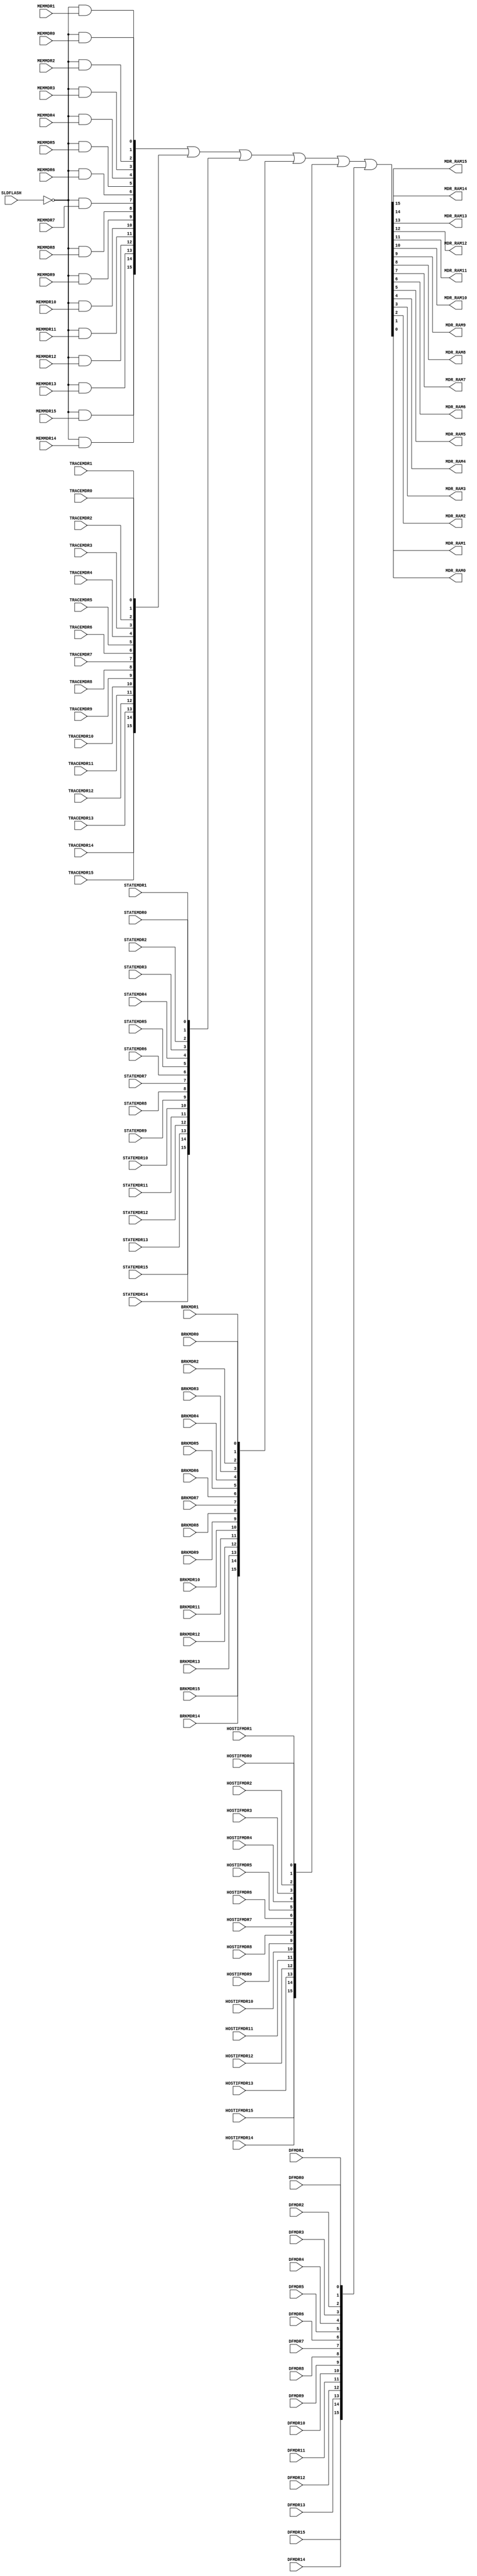
// ============================================================================================================	*/
/* K0R IECUBE ORBUS												*/
/* V100												tsunoda		*/
/* $Id: orbus-SS3rd.v,v 1.2 2010-02-01 02:59:25 snisimu Exp $							*/
/* ============================================================================================================	*/
module ORBUS (
	MDR_RAM15, MDR_RAM14, MDR_RAM13, MDR_RAM12, MDR_RAM11, MDR_RAM10, MDR_RAM9, MDR_RAM8, 
	MDR_RAM7,  MDR_RAM6,  MDR_RAM5,  MDR_RAM4,  MDR_RAM3,  MDR_RAM2,  MDR_RAM1, MDR_RAM0, 
	// from memory
	MEMMDR15, MEMMDR14, MEMMDR13, MEMMDR12, MEMMDR11, MEMMDR10, MEMMDR9, MEMMDR8,
	MEMMDR7,  MEMMDR6,  MEMMDR5,  MEMMDR4,  MEMMDR3,  MEMMDR2,  MEMMDR1, MEMMDR0,
	// from trace
	TRACEMDR15, TRACEMDR14, TRACEMDR13, TRACEMDR12, TRACEMDR11, TRACEMDR10, TRACEMDR9, TRACEMDR8,
	TRACEMDR7,  TRACEMDR6,  TRACEMDR5,  TRACEMDR4,  TRACEMDR3,  TRACEMDR2,  TRACEMDR1, TRACEMDR0,
	// from status
	STATEMDR15, STATEMDR14, STATEMDR13, STATEMDR12, STATEMDR11, STATEMDR10, STATEMDR9, STATEMDR8,
	STATEMDR7,  STATEMDR6,  STATEMDR5,  STATEMDR4,  STATEMDR3,  STATEMDR2,  STATEMDR1, STATEMDR0,
	// from break
	BRKMDR15, BRKMDR14, BRKMDR13, BRKMDR12, BRKMDR11, BRKMDR10, BRKMDR9, BRKMDR8,
	BRKMDR7,  BRKMDR6,  BRKMDR5,  BRKMDR4,  BRKMDR3,  BRKMDR2,  BRKMDR1, BRKMDR0,
	// from host if
	HOSTIFMDR15, HOSTIFMDR14, HOSTIFMDR13, HOSTIFMDR12, HOSTIFMDR11, HOSTIFMDR10, HOSTIFMDR9, HOSTIFMDR8,
	HOSTIFMDR7,  HOSTIFMDR6,  HOSTIFMDR5,  HOSTIFMDR4,  HOSTIFMDR3,  HOSTIFMDR2,  HOSTIFMDR1, HOSTIFMDR0,
	// from dflashemu
	DFMDR15, DFMDR14, DFMDR13, DFMDR12, DFMDR11, DFMDR10, DFMDR9, DFMDR8,
	DFMDR7,  DFMDR6,  DFMDR5,  DFMDR4,  DFMDR3,  DFMDR2,  DFMDR1, DFMDR0,
	// etc.
	SLDFLASH
	);

	output	MDR_RAM15, MDR_RAM14, MDR_RAM13, MDR_RAM12, MDR_RAM11, MDR_RAM10, MDR_RAM9, MDR_RAM8, 
		MDR_RAM7,  MDR_RAM6,  MDR_RAM5,  MDR_RAM4,  MDR_RAM3,  MDR_RAM2,  MDR_RAM1, MDR_RAM0;
	input	MEMMDR15, MEMMDR14, MEMMDR13, MEMMDR12, MEMMDR11, MEMMDR10, MEMMDR9, MEMMDR8,
		MEMMDR7,  MEMMDR6,  MEMMDR5,  MEMMDR4,  MEMMDR3,  MEMMDR2,  MEMMDR1, MEMMDR0;
	input	TRACEMDR15, TRACEMDR14, TRACEMDR13, TRACEMDR12, TRACEMDR11, TRACEMDR10, TRACEMDR9, TRACEMDR8,
		TRACEMDR7,  TRACEMDR6,  TRACEMDR5,  TRACEMDR4,  TRACEMDR3,  TRACEMDR2,  TRACEMDR1, TRACEMDR0;
	input	STATEMDR15, STATEMDR14, STATEMDR13, STATEMDR12, STATEMDR11, STATEMDR10, STATEMDR9, STATEMDR8,
		STATEMDR7,  STATEMDR6,  STATEMDR5,  STATEMDR4,  STATEMDR3,  STATEMDR2,  STATEMDR1, STATEMDR0;
	input	BRKMDR15, BRKMDR14, BRKMDR13, BRKMDR12, BRKMDR11, BRKMDR10, BRKMDR9, BRKMDR8,
		BRKMDR7,  BRKMDR6,  BRKMDR5,  BRKMDR4,  BRKMDR3,  BRKMDR2,  BRKMDR1, BRKMDR0;
	input	HOSTIFMDR15, HOSTIFMDR14, HOSTIFMDR13, HOSTIFMDR12, HOSTIFMDR11, HOSTIFMDR10, HOSTIFMDR9, HOSTIFMDR8,
		HOSTIFMDR7,  HOSTIFMDR6,  HOSTIFMDR5,  HOSTIFMDR4,  HOSTIFMDR3,  HOSTIFMDR2,  HOSTIFMDR1, HOSTIFMDR0;
	input	DFMDR15, DFMDR14, DFMDR13, DFMDR12, DFMDR11, DFMDR10, DFMDR9, DFMDR8,
		DFMDR7,  DFMDR6,  DFMDR5,  DFMDR4,  DFMDR3,  DFMDR2,  DFMDR1, DFMDR0;
        input   SLDFLASH;

	wire [15:0]	mdr, mdr1, mdr2, mdr3, mdr4, mdr5, mdr6;

	assign	{MDR_RAM15, MDR_RAM14, MDR_RAM13, MDR_RAM12, MDR_RAM11, MDR_RAM10, MDR_RAM9, MDR_RAM8, 
		MDR_RAM7,  MDR_RAM6,  MDR_RAM5,  MDR_RAM4,  MDR_RAM3,  MDR_RAM2,  MDR_RAM1, MDR_RAM0} = mdr;

	assign	mdr1 = {MEMMDR15, MEMMDR14, MEMMDR13, MEMMDR12, MEMMDR11, MEMMDR10, MEMMDR9, MEMMDR8,
			MEMMDR7,  MEMMDR6,  MEMMDR5,  MEMMDR4,  MEMMDR3,  MEMMDR2,  MEMMDR1, MEMMDR0};
	assign	mdr2 = {TRACEMDR15, TRACEMDR14, TRACEMDR13, TRACEMDR12, TRACEMDR11, TRACEMDR10, TRACEMDR9, TRACEMDR8,
			TRACEMDR7,  TRACEMDR6,  TRACEMDR5,  TRACEMDR4,  TRACEMDR3,  TRACEMDR2,  TRACEMDR1, TRACEMDR0};
	assign	mdr3 = {STATEMDR15, STATEMDR14, STATEMDR13, STATEMDR12, STATEMDR11, STATEMDR10, STATEMDR9, STATEMDR8,
			STATEMDR7,  STATEMDR6,  STATEMDR5,  STATEMDR4,  STATEMDR3,  STATEMDR2,  STATEMDR1, STATEMDR0};
	assign	mdr4 = {BRKMDR15, BRKMDR14, BRKMDR13, BRKMDR12, BRKMDR11, BRKMDR10, BRKMDR9, BRKMDR8,
			BRKMDR7,  BRKMDR6,  BRKMDR5,  BRKMDR4,  BRKMDR3,  BRKMDR2,  BRKMDR1, BRKMDR0};
	assign	mdr5 = {HOSTIFMDR15, HOSTIFMDR14, HOSTIFMDR13, HOSTIFMDR12, HOSTIFMDR11, HOSTIFMDR10, HOSTIFMDR9, HOSTIFMDR8,
			HOSTIFMDR7,  HOSTIFMDR6,  HOSTIFMDR5,  HOSTIFMDR4,  HOSTIFMDR3,  HOSTIFMDR2,  HOSTIFMDR1, HOSTIFMDR0};
	assign	mdr6 = {DFMDR15, DFMDR14, DFMDR13, DFMDR12, DFMDR11, DFMDR10, DFMDR9, DFMDR8,
			DFMDR7,  DFMDR6,  DFMDR5,  DFMDR4,  DFMDR3,  DFMDR2,  DFMDR1, DFMDR0};

	assign mdr = {~SLDFLASH & mdr1[15] , ~SLDFLASH & mdr1[14] , ~SLDFLASH & mdr1[13] , ~SLDFLASH & mdr1[12] , // When DataFlash read, IRAM should not out.
		      ~SLDFLASH & mdr1[11] , ~SLDFLASH & mdr1[10] , ~SLDFLASH & mdr1[9]  , ~SLDFLASH & mdr1[8]  ,
		      ~SLDFLASH & mdr1[7]  , ~SLDFLASH & mdr1[6]  , ~SLDFLASH & mdr1[5]  , ~SLDFLASH & mdr1[4]  , 
		      ~SLDFLASH & mdr1[3]  , ~SLDFLASH & mdr1[2]  , ~SLDFLASH & mdr1[1]  , ~SLDFLASH & mdr1[0]  }
	             | mdr2 | mdr3 | mdr4 | mdr5 | mdr6;

endmodule